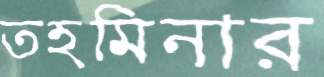
তহমিনার